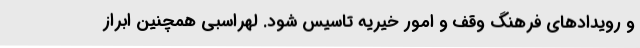
و رویدادهای فرهنگ وقف و امور خیریه تاسیس شود. لهراسبی همچنین ابراز